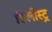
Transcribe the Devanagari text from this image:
सिलीस्ट्र